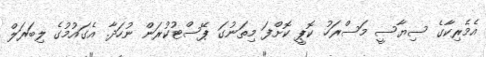
އެމެރިކާގެ ސިޔާސީ މަސްރަހު ކޮޕީ ކޮށްފަ މިތަނުގަ ޕޭސްޓުކުރަން ނުހަދާ. އެގައުމުގެ ލިބަރަލް